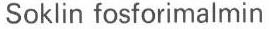
Soklin fosforimalmin